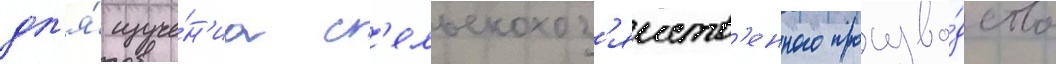
дл'я́ изуче́н'иа с'ельскохоз'яиств'енного произво́дства